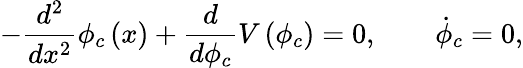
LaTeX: -\frac{d^{2}}{dx^{2}}\phi_{c}\left(x\right)+\frac{d}{d\phi_{c}}V\left(\phi_{c}\right)=0,\qquad\dot{\phi}_{c}=0,